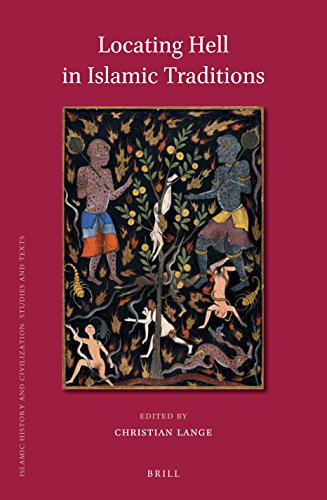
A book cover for Locating Hell in Islamic Traditions (Islamic History and Civilization); Religion & Spirituality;